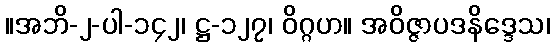
။အဘိ-၂-ပါ-၁၄၂၊ ဋ္ဌ-၁၂၇၊ ဝိဂ္ဂဟ။ အဝိဇ္ဇာပဒနိဒ္ဒေသ၊